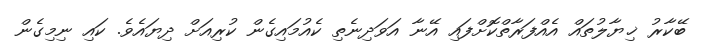
ބޭކާރު ޚިޔާލުތައް އެއްފަރާތްކޮށްފައި އޭނާ އަވަދިނެތި ކެއުމައިގެން ކުރިއަށް ދިޔައެވެ. ކައި ނިމިގެން